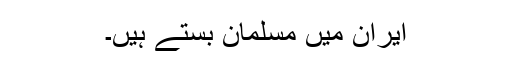
ایران میں مسلمان بستے ہیں۔